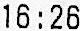
16:26